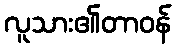
လူသား၏တာဝန်